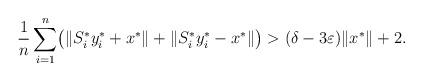
LaTeX: \begin{align*}\frac{1}{n}\sum_{i=1}^n \bigl(\|S_i^\ast y_i^\ast+x^\ast\|+\|S_i^\ast y_i^\ast-x^\ast\|\bigr)>(\delta-3\varepsilon)\|x^\ast\|+2.\end{align*}